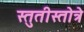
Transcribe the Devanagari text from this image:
स्तुतीस्तोत्रे